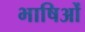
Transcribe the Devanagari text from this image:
भाषिओं